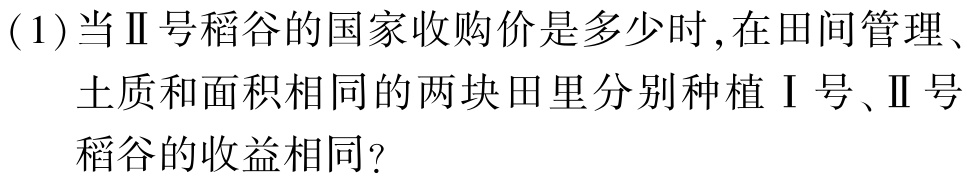
(1)当Ⅱ号稻谷的国家收购价是多少时,在田间管理、
土质和面积相同的两块田里分别种植Ⅰ号、Ⅱ号
稻谷的收益相同?